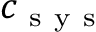
c _ { \mathrm { ~ s ~ y ~ s ~ } }